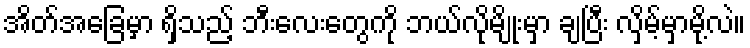
အိတ်အခြေမှာ ရှိသည့် ဘီးလေးတွေကို ဘယ်လိုမျိုးမှာ ချပြီး လှိမ့်မှာမို့လဲ။